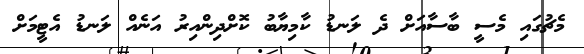
މެޗުގައި މެސީ ބާސާއަށް ދެ ލަނޑު ކާމިޔާބު ކޮށްދިންއިރު އަނެއް ލަނޑު އެޓީމަށް